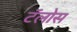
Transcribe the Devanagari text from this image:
टॅलोस